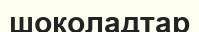
шоколадтар